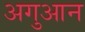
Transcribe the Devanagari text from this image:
अगुआन